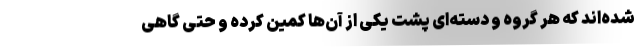
شده‌اند که هر گروه و دسته‌ای پشت یکی از آن‌ها کمین کرده و حتی گاهی